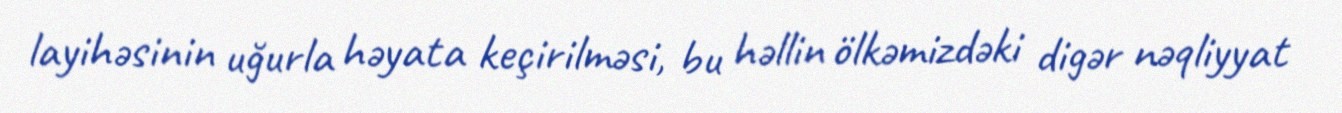
layihəsinin uğurla həyata keçirilməsi, bu həllin ölkəmizdəki digər nəqliyyat